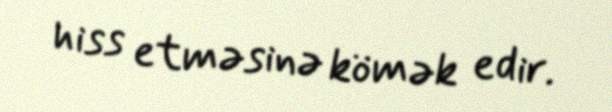
hiss etməsinə kömək edir.